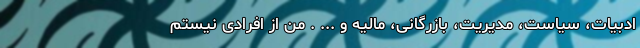
ادبیات، سیاست، مدیریت، بازرگانی، مالیه و ... . من از افرادی نیستم